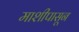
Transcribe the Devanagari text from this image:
माशीपासून